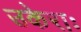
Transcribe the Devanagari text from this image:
उकेराः